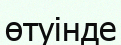
өтуінде